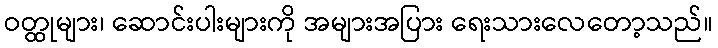
ဝတ္ထုများ၊ ဆောင်းပါးများကို အများအပြား ရေးသားလေတော့သည်။